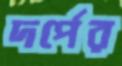
দর্পের